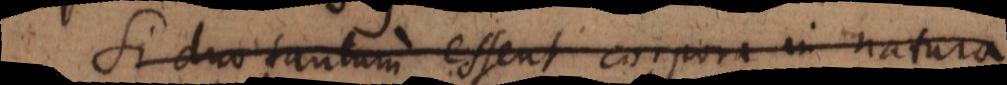
Si duo tantum essent puncta in rerum